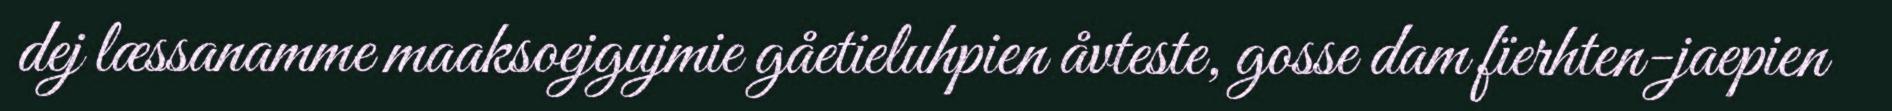
dej læssanamme maaksoejgujmie gåetieluhpien åvteste, gosse dam fïerhten-jaepien